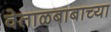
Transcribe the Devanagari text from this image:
वेताळबाबाच्या